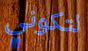
لتكوني